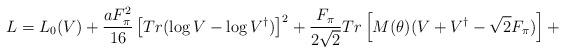
LaTeX: \begin{align*}L = L_0 (V) + \frac{a F_{\pi}^{2}}{16} \left[Tr ( \log V - \log V^{\dagger}) \right]^2 + \frac{F_{\pi}}{2 \sqrt{2}} Tr \left[M(\theta) (V + V^{\dagger} - \sqrt{2} F_{\pi} ) \right] +\end{align*}